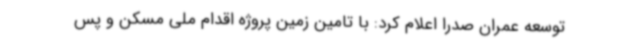
توسعه عمران صدرا اعلام کرد: با تامین زمین پروژه اقدام ملی مسکن و پس